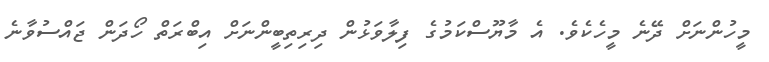
މީހުންނަށް ދޭނެ މީހެކެވެ. އެ މާޔޫސްކަމުގެ ފިލާވަޅުން ދިރިތިބީންނަށް އިބްރަތް ހޯދަން ޖައްސުވާނެ